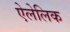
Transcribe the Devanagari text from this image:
ऐलेलिक